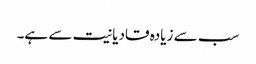
سب سے زیادہ قادیانیت سے ہے۔